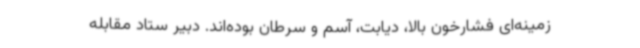
زمینه‌ای فشارخون بالا، دیابت، آسم و سرطان بوده‌اند. دبیر ستاد مقابله